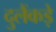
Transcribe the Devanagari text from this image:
दुलैंकड़े